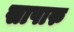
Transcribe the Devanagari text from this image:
सापारु